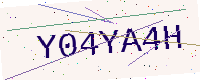
Text: Y04YA4H